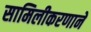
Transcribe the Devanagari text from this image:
सामिलीकरणाने